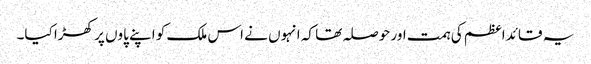
یہ قائد اعظم کی ہمت اور حوصلہ تھا کہ انہوں نے اس ملک کو اپنے پاوں پر کھڑا کیا۔